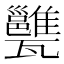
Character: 𤮲